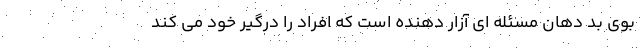
بوی بد دهان مسئله ای آزار دهنده است که افراد را درگیر خود می کند